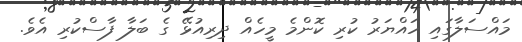
މައްސަލާގައި ހައްޔަރު ކުރި ކޮންމެ މީހެއް ދިރިއުޅޭ ގެ ބަލާ ފާސްކުރި އެވެ.